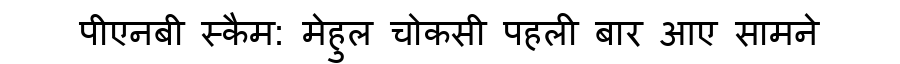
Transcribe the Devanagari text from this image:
पीएनबी स्कैम: मेहुल चोकसी पहली बार आए सामने